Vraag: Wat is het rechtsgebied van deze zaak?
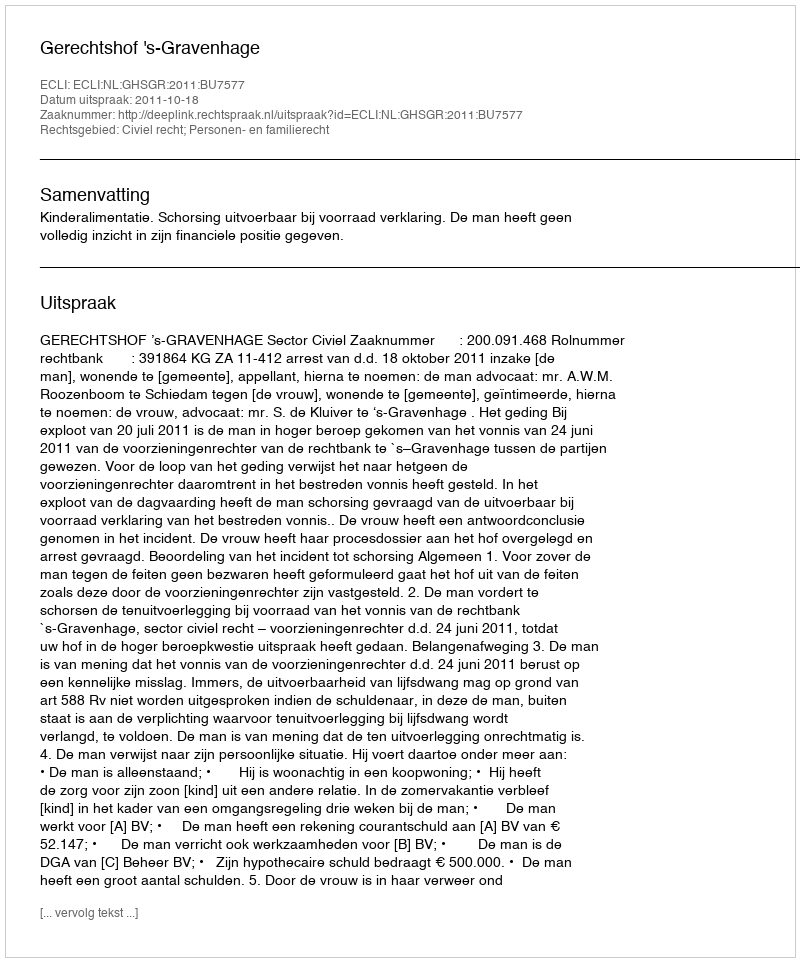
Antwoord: Civiel recht; Personen- en familierecht